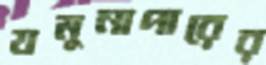
যমুনাপারের